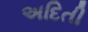
અદિતી